Annual report of the Imperial Bacteriological Laboratory, Muktesar
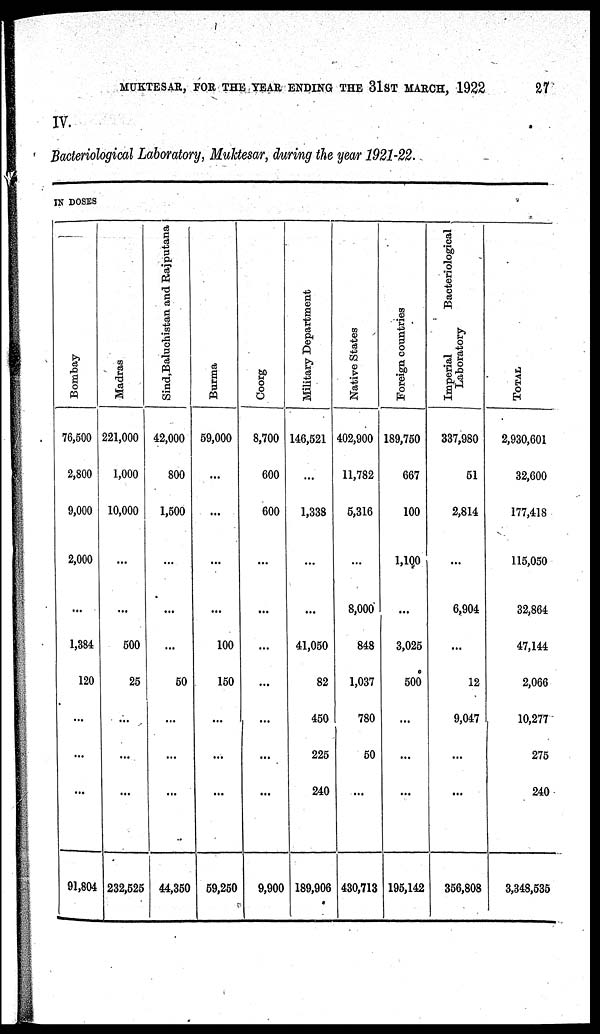
MUKTESAR, FOR THE YEAR ENDING THE 31ST MARCH, 1922
27
IV.
Bacteriological Laboratory, Muktesar, during the year 1921-22.
IN DOSES
Bombay
76,500
2,800
9,000
2,000
...
1,384
120
...
...
...
91,804
Madras
221,000
1,000
10,000
...
...
500
25
...
...
...
232,525
Sind,
Baluchistan and Rajputana
42,000
800
1,500
...
...
...
50
...
...
...
44,350
Burma
59,000
...
...
...
...
100
150
...
...
...
59,250
Coorg
8,700
600
600
...
...
...
...
...
...
...
9,900
Military Department
146,521
...
1,338
...
...
41,050
82
450
225
240
189,906
Native States
402,900
11,782
5,316
...
8,000
848
1,037
780
50
...
430,713
Foreign countries
189,760
667
100
1,100
...
3,025
500
...
...
...
195,142
Imperial
Bacteriological
Laboratory
337,980
51
2,814
...
6,904
...
12
9,047
...
...
356,808
TOTAL
2,930,601
32,600
177,418
115,050
32,864
47,144
2,066
10,277
275
240
3,348,535